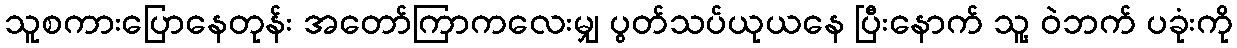
သူစကားပြောနေတုန်း အတော်ကြာကလေးမျှ ပွတ်သပ်ယုယနေ ပြီးနောက် သူ့ ဝဲဘက် ပခုံးကို